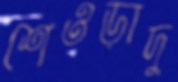
শেওড়াদু